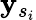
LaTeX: \mathbf{y}_{s_{i}}